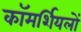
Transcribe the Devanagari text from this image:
कॉमर्शियलों